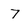
Character: 7